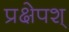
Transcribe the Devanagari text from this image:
प्रक्षेपश्